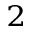
^ { 2 }